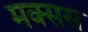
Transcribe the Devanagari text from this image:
मक्सस